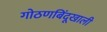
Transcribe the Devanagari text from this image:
गोठणबिंदूखाली